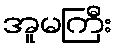
အူမကြီး